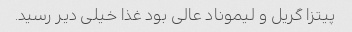
پیتزا گریل و لیموناد عالی بود غذا خیلی دیر رسید.